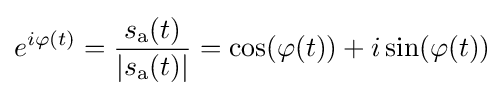
e^{i\varphi (t)}={\frac {s_{\mathrm {a} }(t)}{|s_{\mathrm {a} }(t)|}}=\cos(\varphi (t))+i\sin(\varphi (t))